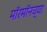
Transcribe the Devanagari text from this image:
मॉरमॉनच्या